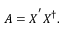
\boldsymbol { A } = \boldsymbol { X } ^ { ' } \boldsymbol { X } ^ { \dag } .